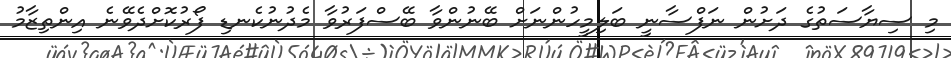
މި ސިޔާސަތުގެ ދަށުން ނަފްސާނީ ބަލިމީހުންނަށް ބޭނުންވާ ބޭސްފަރުވާ މެދުނުކެނޑި ފޯރުކޮށްދެވޭނެ އިންތިޒާމު